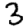
Digit: 3